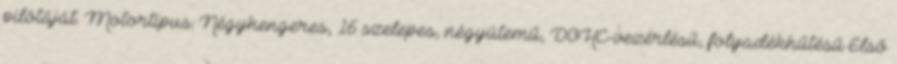
pilótáját. Motortípus: Négyhengeres, 16 szelepes, négyütemű, DOHC-vezérlésű, folyadékhűtésű Első